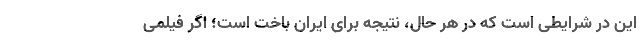
این در شرایطی است که در هر حال، نتیجه برای ایران باخت است؛ اگر فیلمی